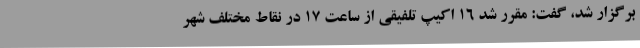
برگزار شد، گفت: مقرر شد 16 اکیپ تلفیقی از ساعت 17 در نقاط مختلف شهر